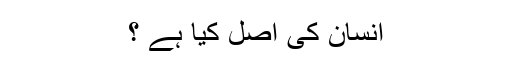
انسان کی اصل کیا ہے ؟